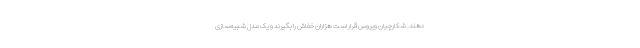
دهند. شکارچیان ویروس قرار است هزاران خفاش را بگیرند و یک مدل شبیه‌سازی